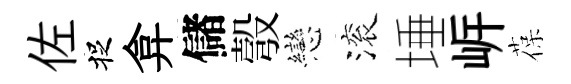
佐捉弇儲彀戀滚埵㟁葆